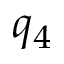
q _ { 4 }